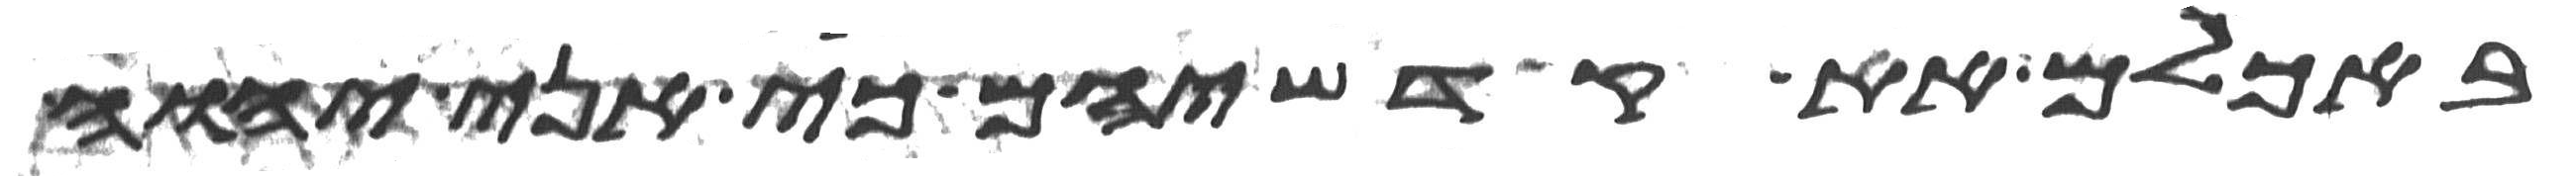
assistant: באכלם את קדשיהם כי אני יהוה